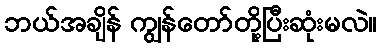
ဘယ်အချိန် ကျွန်တော်တို့ပြီးဆုံးမလဲ။